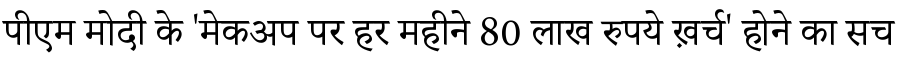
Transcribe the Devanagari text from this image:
पीएम मोदी के 'मेकअप पर हर महीने 80 लाख रुपये ख़र्च' होने का सच